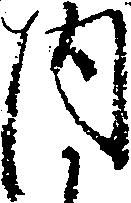
内